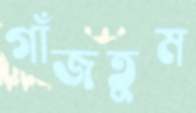
গাঁজতুম